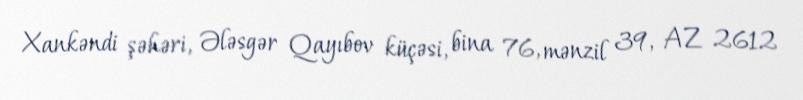
Xankəndi şəhəri, Ələsgər Qayıbov küçəsi, bina 76, mənzil 39, AZ 2612